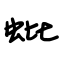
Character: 蚍